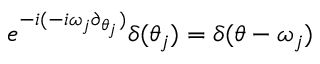
e ^ { - i ( - i \omega _ { j } \partial _ { \theta _ { j } } ) } \delta ( \theta _ { j } ) = \delta ( \theta - \omega _ { j } )